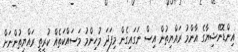
އިންޑޮނޭޝިޔާގެ އާންމު ރައްޔިތުން އިސް ނަގައިގެން މިފަދަ މުހިންމު މަސައްކަތެއް ކުރީތީ ރައްޔިތުންނަށް